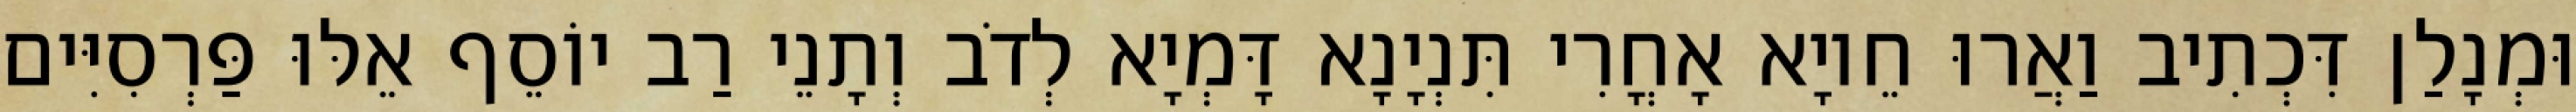
וּמְנָלַן דִּכְתִיב וַאֲרוּ חֵיוָא אָחֳרִי תִּנְיָנָא דָּמְיָא לְדֹב וְתָנֵי רַב יוֹסֵף אֵלּוּ פַּרְסִיִּים